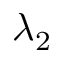
\lambda _ { 2 }